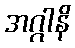
အဂ္ဂါနိ